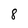
Character: 8